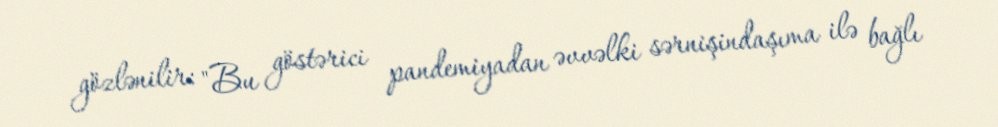
gözlənilir: "Bu göstərici pandemiyadan əvvəlki sərnişindaşıma ilə bağlı